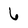
Character: 6